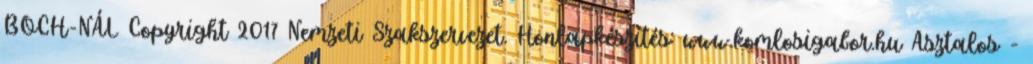
BOCH-NÁL Copyright 2017 Nemzeti Szakszervezet. Honlapkészítés: www.komlosigabor.hu Asztalos -